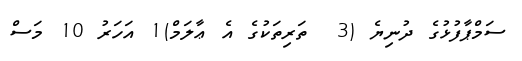
ސަމްޕާފުޅުގެ ދުނިޔެ (3  ތަރިތަކުގެ އެ ޢާލަމް)1 އަހަރު 10 މަސް